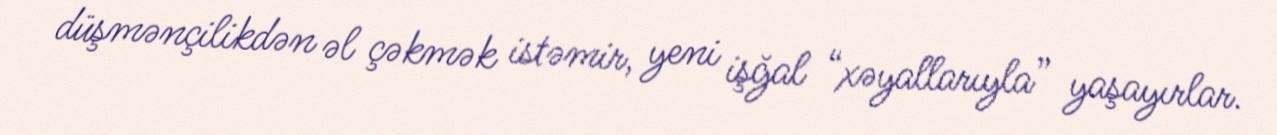
düşmənçilikdən əl çəkmək istəmir, yeni işğal “xəyallarıyla” yaşayırlar.